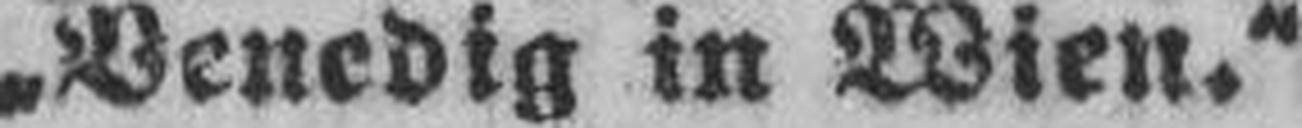
„Venedig in Wien.“